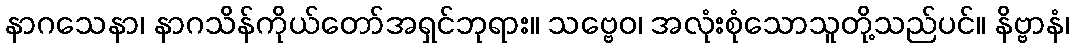
နာဂသေနာ၊ နာဂသိန်ကိုယ်တော်အရှင်ဘုရား။ သဗ္ဗေဝ၊ အလုံးစုံသောသူတို့သည်ပင်။ နိဗ္ဗာနံ၊